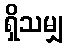
ရှိသမျှ